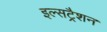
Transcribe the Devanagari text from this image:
इल्सट्रैशन